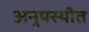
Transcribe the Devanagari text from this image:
अनुपस्थीत